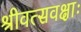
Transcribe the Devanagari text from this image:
श्रीवत्सवक्षाः